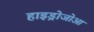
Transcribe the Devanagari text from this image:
हाइड्रोजोआ